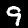
Label: 9